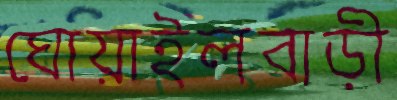
ঘোয়াইলবাড়ী